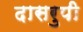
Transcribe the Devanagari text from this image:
दासरुपी